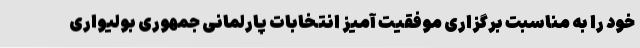
خود را به مناسبت برگزاری موفقیت آمیز انتخابات پارلمانی جمهوری بولیواری